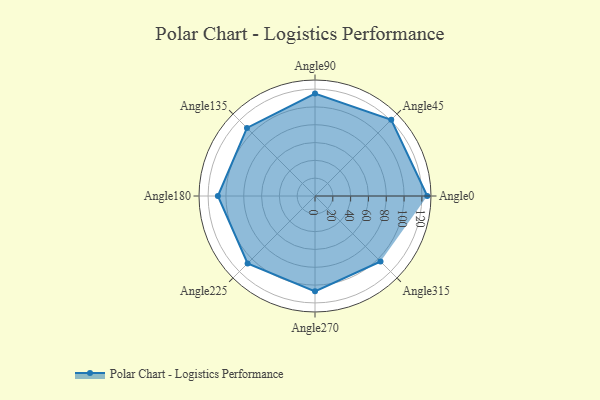
{"axis": {"x": "Angle", "y": "Radius"}, "legend": [""], "data": [{"x": "Angle0", "y": 126.0, "type": ""}, {"x": "Angle45", "y": 121.0, "type": ""}, {"x": "Angle90", "y": 115.0, "type": ""}, {"x": "Angle135", "y": 108.0, "type": ""}, {"x": "Angle180", "y": 109.0, "type": ""}, {"x": "Angle225", "y": 107.0, "type": ""}, {"x": "Angle270", "y": 107.0, "type": ""}, {"x": "Angle315", "y": 104.0, "type": ""}]}